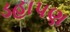
ડહાપણ